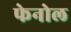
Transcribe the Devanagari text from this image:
फेनोल